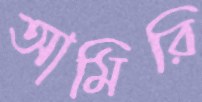
আমিরি